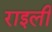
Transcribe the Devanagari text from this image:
राइली